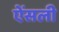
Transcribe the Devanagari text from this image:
ऐंसली